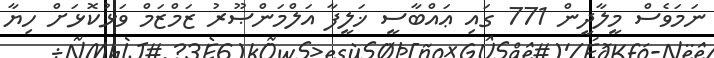
ނަމަވެސް މީލާދީން 771 ގައި ޢައްބާސީ ޚަލީފާ އަލްމަންޞޫރު ޒަމްޒަމް ވަޅުކޮޅަށް ހިޔާ